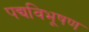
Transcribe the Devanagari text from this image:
पद्यविभूषण